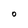
Character: O